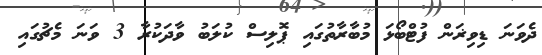
ދެވަނަ ޑިވިޜަން ފުޓްބޯޅަ މުބާރާތުގައި ޕޮލިސް ކުލަބު ވާދަކުރާ 3 ވަނަ މެޗުގައި